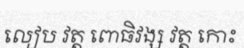
លៀប វត្ត ពោធិវង្ស វត្ត កោះ